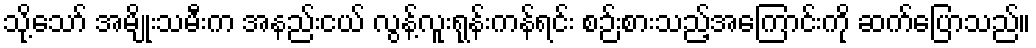
သို့သော် အမျိုးသမီးက အနည်းငယ် လွန့်လူးရုန်းကန်ရင်း စဉ်းစားသည့်အကြောင်းကို ဆက်ပြောသည်။